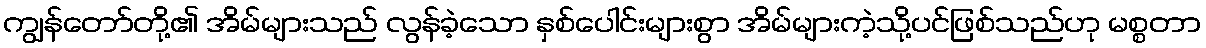
ကျွန်တော်တို့၏ အိမ်များသည် လွန်ခဲ့သော နှစ်ပေါင်းများစွာ အိမ်များကဲ့သို့ပင်ဖြစ်သည်ဟု မစ္စတာ